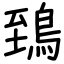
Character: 鵄